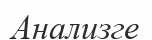
Анализге